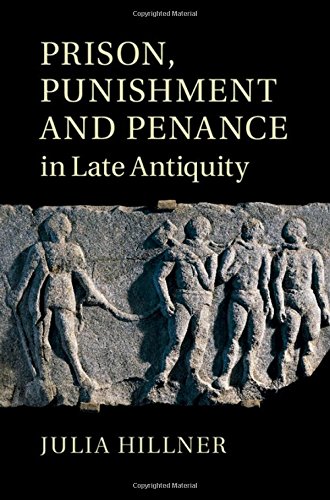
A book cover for Prison, Punishment and Penance in Late Antiquity; Julia Hillner; Christian Books & Bibles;